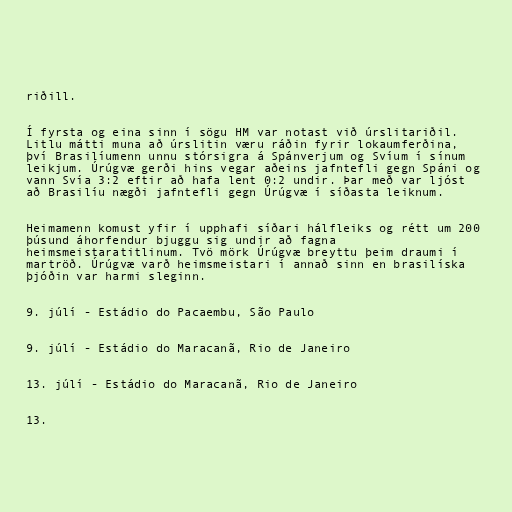
riðill.

Í fyrsta og eina sinn í sögu HM var notast við úrslitariðil.
Litlu mátti muna að úrslitin væru ráðin fyrir lokaumferðina,
því Brasilíumenn unnu stórsigra á Spánverjum og Svíum í sínum
leikjum. Úrúgvæ gerði hins vegar aðeins jafntefli gegn Spáni og
vann Svía 3:2 eftir að hafa lent 0:2 undir. Þar með var ljóst
að Brasilíu nægði jafntefli gegn Úrúgvæ í síðasta leiknum.

Heimamenn komust yfir í upphafi síðari hálfleiks og rétt um 200
þúsund áhorfendur bjuggu sig undir að fagna
heimsmeistaratitlinum. Tvö mörk Úrúgvæ breyttu þeim draumi í
martröð. Úrúgvæ varð heimsmeistari í annað sinn en brasilíska
þjóðin var harmi sleginn.

9. júlí - Estádio do Pacaembu, São Paulo

9. júlí - Estádio do Maracanã, Rio de Janeiro

13. júlí - Estádio do Maracanã, Rio de Janeiro

13.